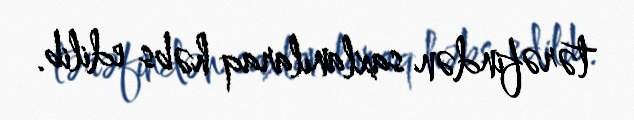
tərəfindən saxlanılaraq həbs edilib.